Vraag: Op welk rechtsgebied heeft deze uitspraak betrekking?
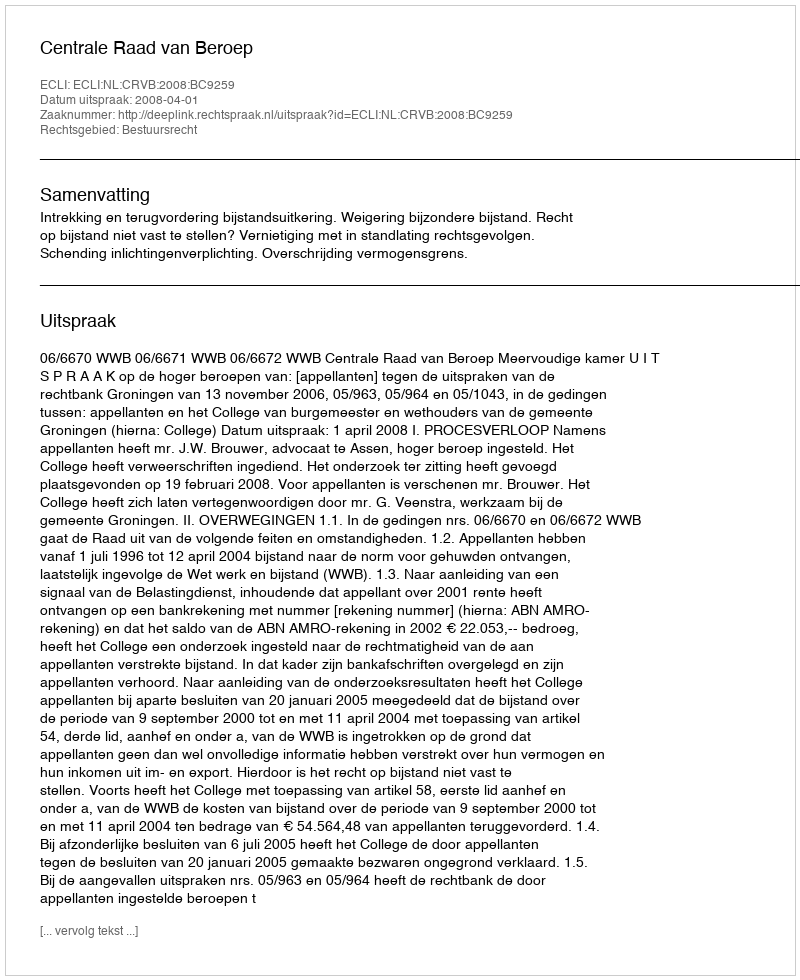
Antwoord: Bestuursrecht